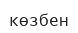
көзбен